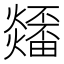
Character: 𤒳